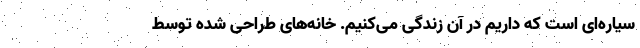
سیاره‌ای است که داریم در آن زندگی می‌کنیم. خانه‌های طراحی شده توسط